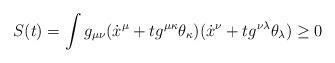
LaTeX: \begin{align*}S(t)=\int g_{\mu\nu}(\dot{x}^{\mu}+tg^{\mu\kappa}\theta_{\kappa})(\dot{x}^{\nu}+tg^{\nu\lambda}\theta_{\lambda})\geq 0\end{align*}